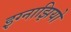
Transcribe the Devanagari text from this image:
इग्नाझियो